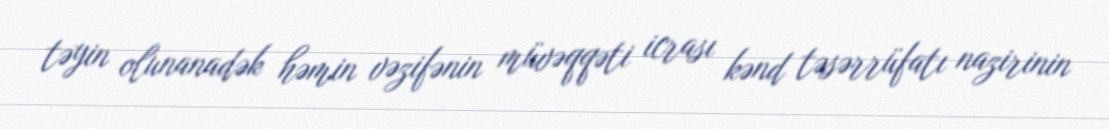
təyin olunanadək həmin vəzifənin müvəqqəti icrası kənd təsərrüfatı nazirinin